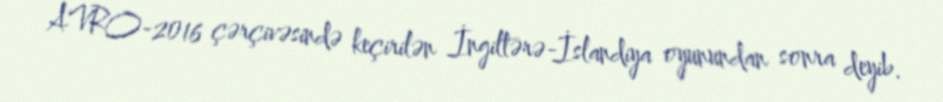
AVRO-2016 çərçivəsində keçirilən İngiltərə-İslandiya oyunundan sonra deyib.